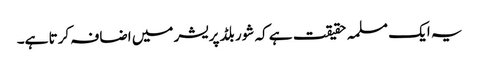
یہ ایک مسلمہ حقیقت ہے کہ شور بلڈ پریشر میں اضافہ کرتا ہے۔